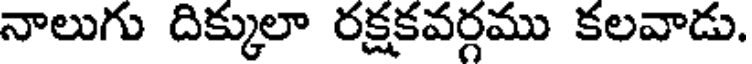
నాలుగు దిక్కులా రక్షకవర్గము కలవాడు.